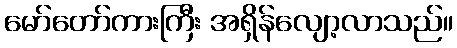
မော်တော်ကားကြီး အရှိန်လျော့လာသည်။